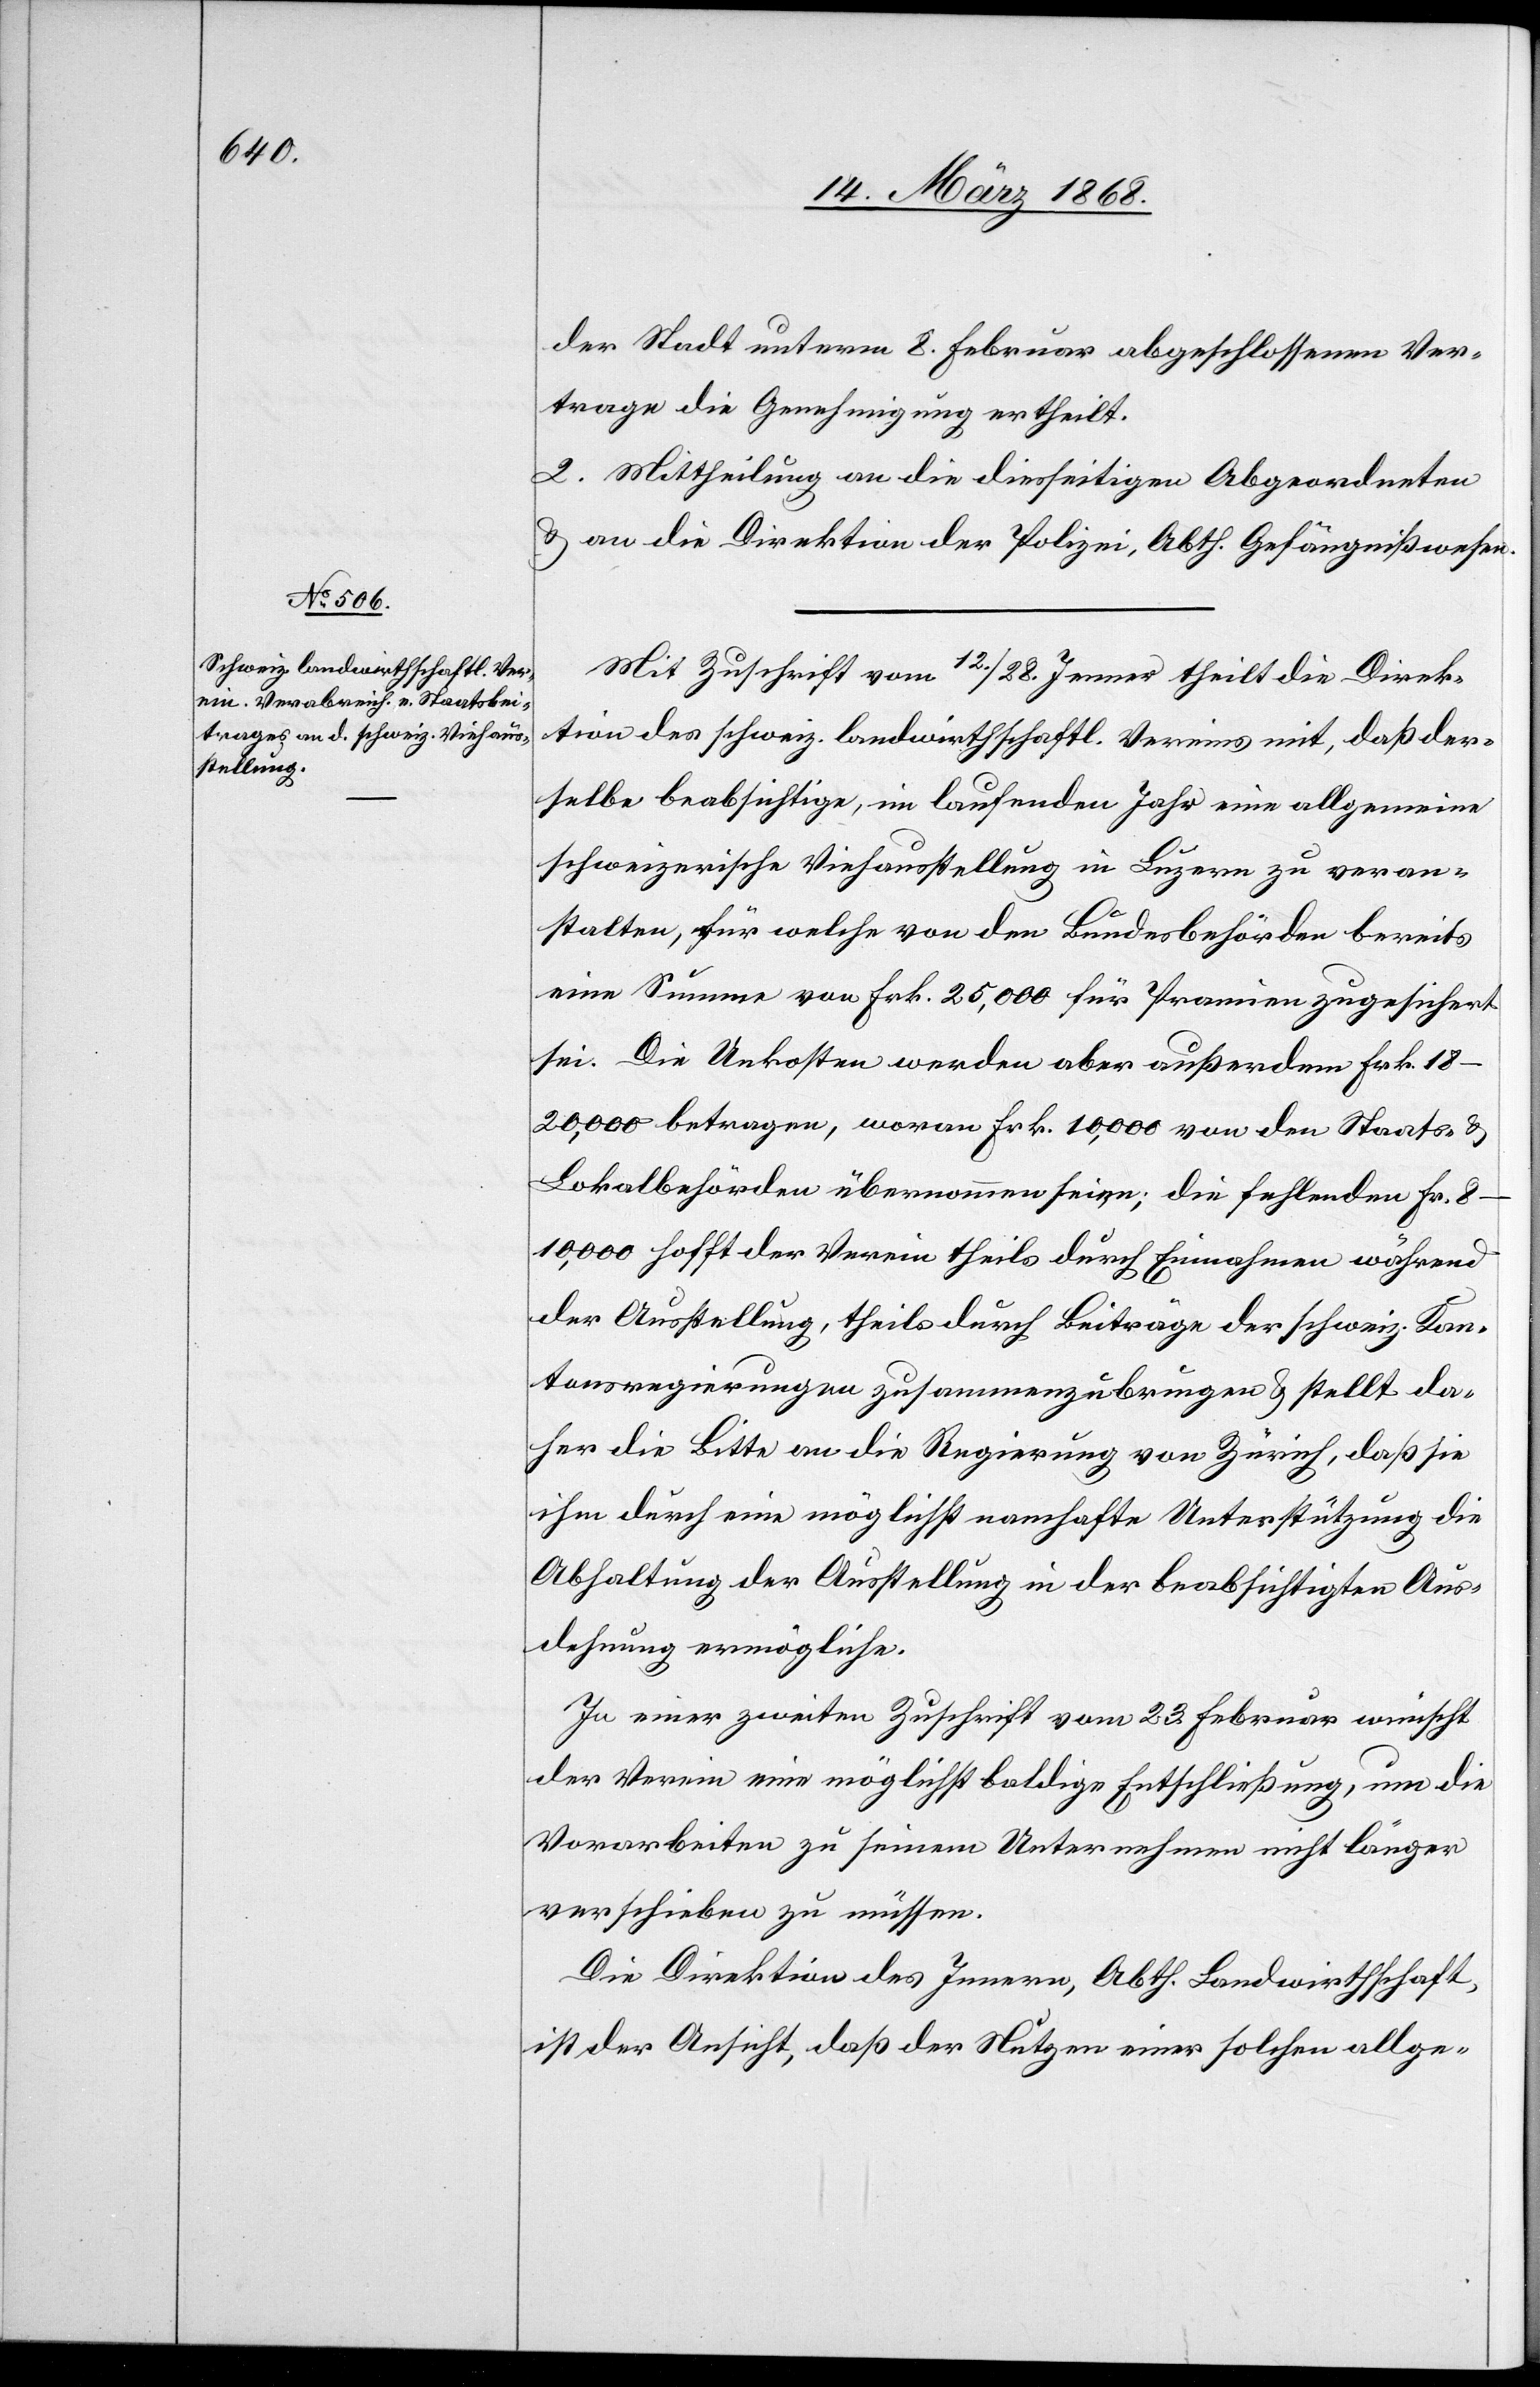
der Stadt unterm 8. Februar abgeschlossenen Ver¬
trage die Genehmigung ertheilt.
2. Mittheilung an die diesseitigen Abgeordneten
& an die Direktion der Polizei, Abth. Gefängnißwesen.
Mit Zuschrift vom 12. / 28. Jenner theilt die Direk¬
tion des schweiz. landwirthschaftl. Vereins mit, daß der¬
selbe beabsichtige, im laufenden Jahr eine allgemeine
schweizerische Viehausstellung in Luzern zu veran¬
stalten, für welche von den Bundesbehörden bereits
eine Summe von Frk. 25,000 für Pramien [sic!] zugesichert
sei. Die Unkosten werden aber außerdem Frk.
18–20,000 betragen, woran Frk. 10,000 von den Staats- &
Lokalbehörden übernommen seien; die fehlenden Fr.
8–10,000 hofft der Verein theils durch Einnahmen während
der Ausstellung, theils durch Beiträge der schweiz. Kan¬
tonsregierungen zusammenzubringen & stellt da¬
her die Bitte an die Regierung von Zürich, daß sie
ihm durch eine möglichst namhafte Unterstützung die
Abhaltung der Ausstellung in der beabsichtigten Aus¬
dehnung ermögliche.
In einer zweiten Zuschrift vom 23. Februar wünscht
der Verein eine möglichst baldige Entschließung, um die
Vorarbeiten zu seinem Unternehmen nicht länger
verschieben zu müssen.
Die Direktion des Innern, Abth. Landwirthschaft,
ist der Ansicht, daß der Nutzen einer solchen allge-